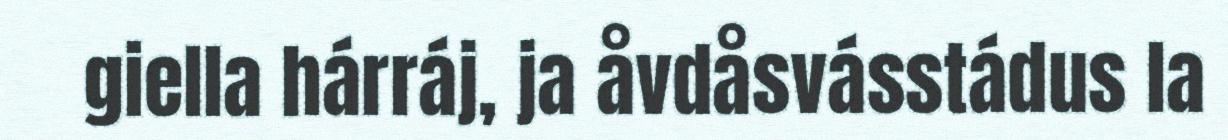
giella hárráj, ja åvdåsvásstádus la